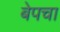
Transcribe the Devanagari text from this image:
बेपचा